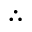
\therefore